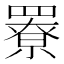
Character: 𦌒